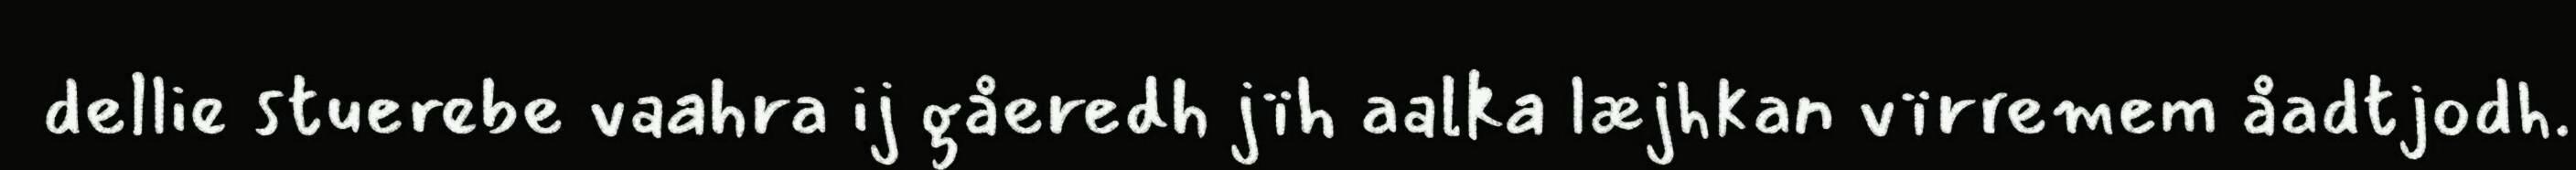
dellie stuerebe vaahra ij gåeredh jïh aalka læjhkan vïrremem åadtjodh.